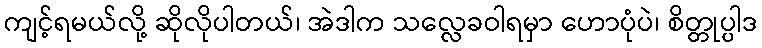
ကျင့်ရမယ်လို့ ဆိုလိုပါတယ်၊ အဲဒါက သလ္လေခဝါရမှာ ဟောပုံပဲ၊ စိတ္တုပ္ပါဒ